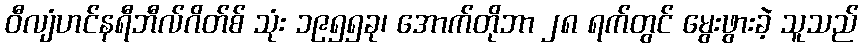
ဝီလျံဟင်နရီဘီလ်ဂိတ်စ် သုံး ၁၉၅၅ခု၊ အောက်တိုဘာ ၂၈ ရက်တွင် မွေးဖွားခဲ့ သူသည်